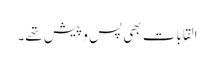
القابات بھی پس و پیش تھے۔